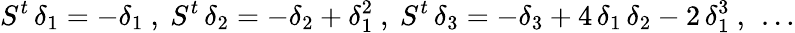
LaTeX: S^{t}\, \delta_{1}=-\delta_{1}\ ,\ S^{t}\, \delta_{2}=-\delta_{2}+\delta_{1}^{2}\ ,\ S^{t}\, \delta_{3}=-\delta_{3}+4\, \delta_{1}\, \delta_{2}-2\, \delta_{1}^{3}\ ,\ \ldots